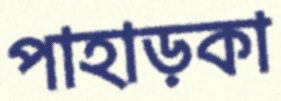
পাহাড়কা